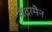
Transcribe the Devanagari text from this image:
वेदरमैन